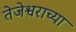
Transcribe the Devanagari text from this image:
तेजेश्वराच्या